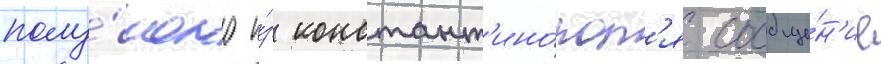
полу́чено и́з констант'ино́пол'я сообще́н'ие